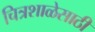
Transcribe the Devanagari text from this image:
चित्रशाळेसाठी